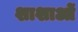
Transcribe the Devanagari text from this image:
शाशाओं